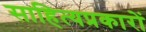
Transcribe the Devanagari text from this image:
साहित्यप्रकारों